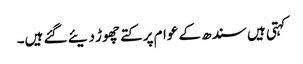
کہتی ہیں سندھ کے عوام پر کتے چھوڑ دیئے گئے ہیں۔